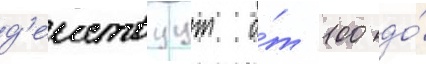
д'еиствуут о́т 100 до́